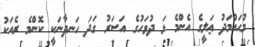
މުޙައްމަދު ޢަލީގެ އެންމެ ޅަ ދުވަހުގެ އަސަރު ގަދަ ހަނދާނަކީ ކޮންމެ ރެއަކު